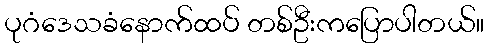
ပုဂံဒေသခံနောက်ထပ် တစ်ဦးကပြောပါတယ်။